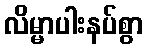
လိမ္မာပါးနပ်စွာ